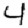
Digit: 4